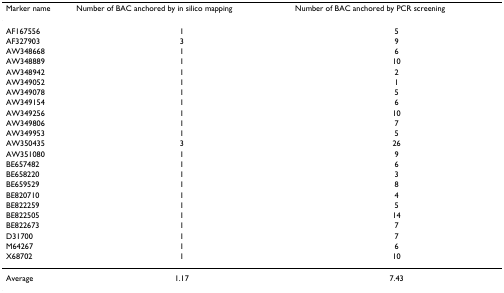
<table><thead><tr><td><b>Marker name</b></td><td><b>Number of BAC anchored by in silico mapping</b></td><td><b>Number of BAC anchored by PCR screening</b></td></tr></thead><tbody><tr><td>AF167556</td><td>1</td><td>5</td></tr><tr><td>AF327903</td><td>3</td><td>9</td></tr><tr><td>AW348668</td><td>1</td><td>6</td></tr><tr><td>AW348889</td><td>1</td><td>10</td></tr><tr><td>AW348942</td><td>1</td><td>2</td></tr><tr><td>AW349052</td><td>1</td><td>1</td></tr><tr><td>AW349078</td><td>1</td><td>5</td></tr><tr><td>AW349154</td><td>1</td><td>6</td></tr><tr><td>AW349256</td><td>1</td><td>10</td></tr><tr><td>AW349806</td><td>1</td><td>7</td></tr><tr><td>AW349953</td><td>1</td><td>5</td></tr><tr><td>AW350435</td><td>3</td><td>26</td></tr><tr><td>AW351080</td><td>1</td><td>9</td></tr><tr><td>BE657482</td><td>1</td><td>6</td></tr><tr><td>BE658220</td><td>1</td><td>3</td></tr><tr><td>BE659529</td><td>1</td><td>8</td></tr><tr><td>BE820710</td><td>1</td><td>4</td></tr><tr><td>BE822259</td><td>1</td><td>5</td></tr><tr><td>BE822505</td><td>1</td><td>14</td></tr><tr><td>BE822673</td><td>1</td><td>7</td></tr><tr><td>D31700</td><td>1</td><td>7</td></tr><tr><td>M64267</td><td>1</td><td>6</td></tr><tr><td>X68702</td><td>1</td><td>10</td></tr><tr><td>Average</td><td>1.17</td><td>7.43</td></tr></tbody></table>